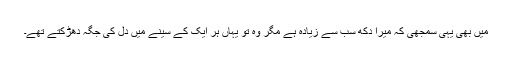
میں بھی یہی سمجھی کہ میرا دکھ سب سے زیادہ ہے مگر وہ تو یہاں ہر ایک کے سینے میں دل کی جگہ دھڑکتے تھے۔